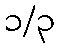
၁/၃